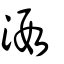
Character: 溊